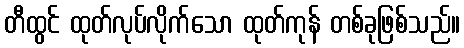
တီထွင် ထုတ်လုပ်လိုက်သော ထုတ်ကုန် တစ်ခုဖြစ်သည်။